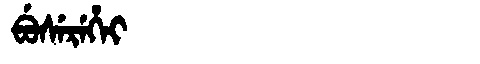
Manchu: ᠪᡠᠰᡝᡵᡝᡥᡝᡳ
Romanization: BUSEREHEI